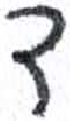
אות: ד